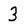
Character: 3